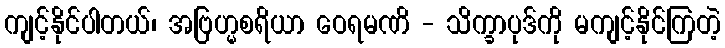
ကျင့်နိုင်ပါတယ်၊ အဗြဟ္မစရိယာ ဝေရမဏိ - သိက္ခာပုဒ်ကို မကျင့်နိုင်ကြတဲ့